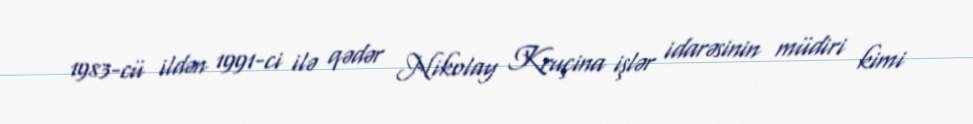
1983-cü ildən 1991-ci ilə qədər Nikolay Kruçina işlər idarəsinin müdiri kimi